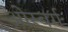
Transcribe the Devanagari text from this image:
ओस्बर्ग